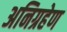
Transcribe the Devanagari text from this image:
अनिग्रहेण